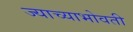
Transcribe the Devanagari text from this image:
ज्याच्याभोवती